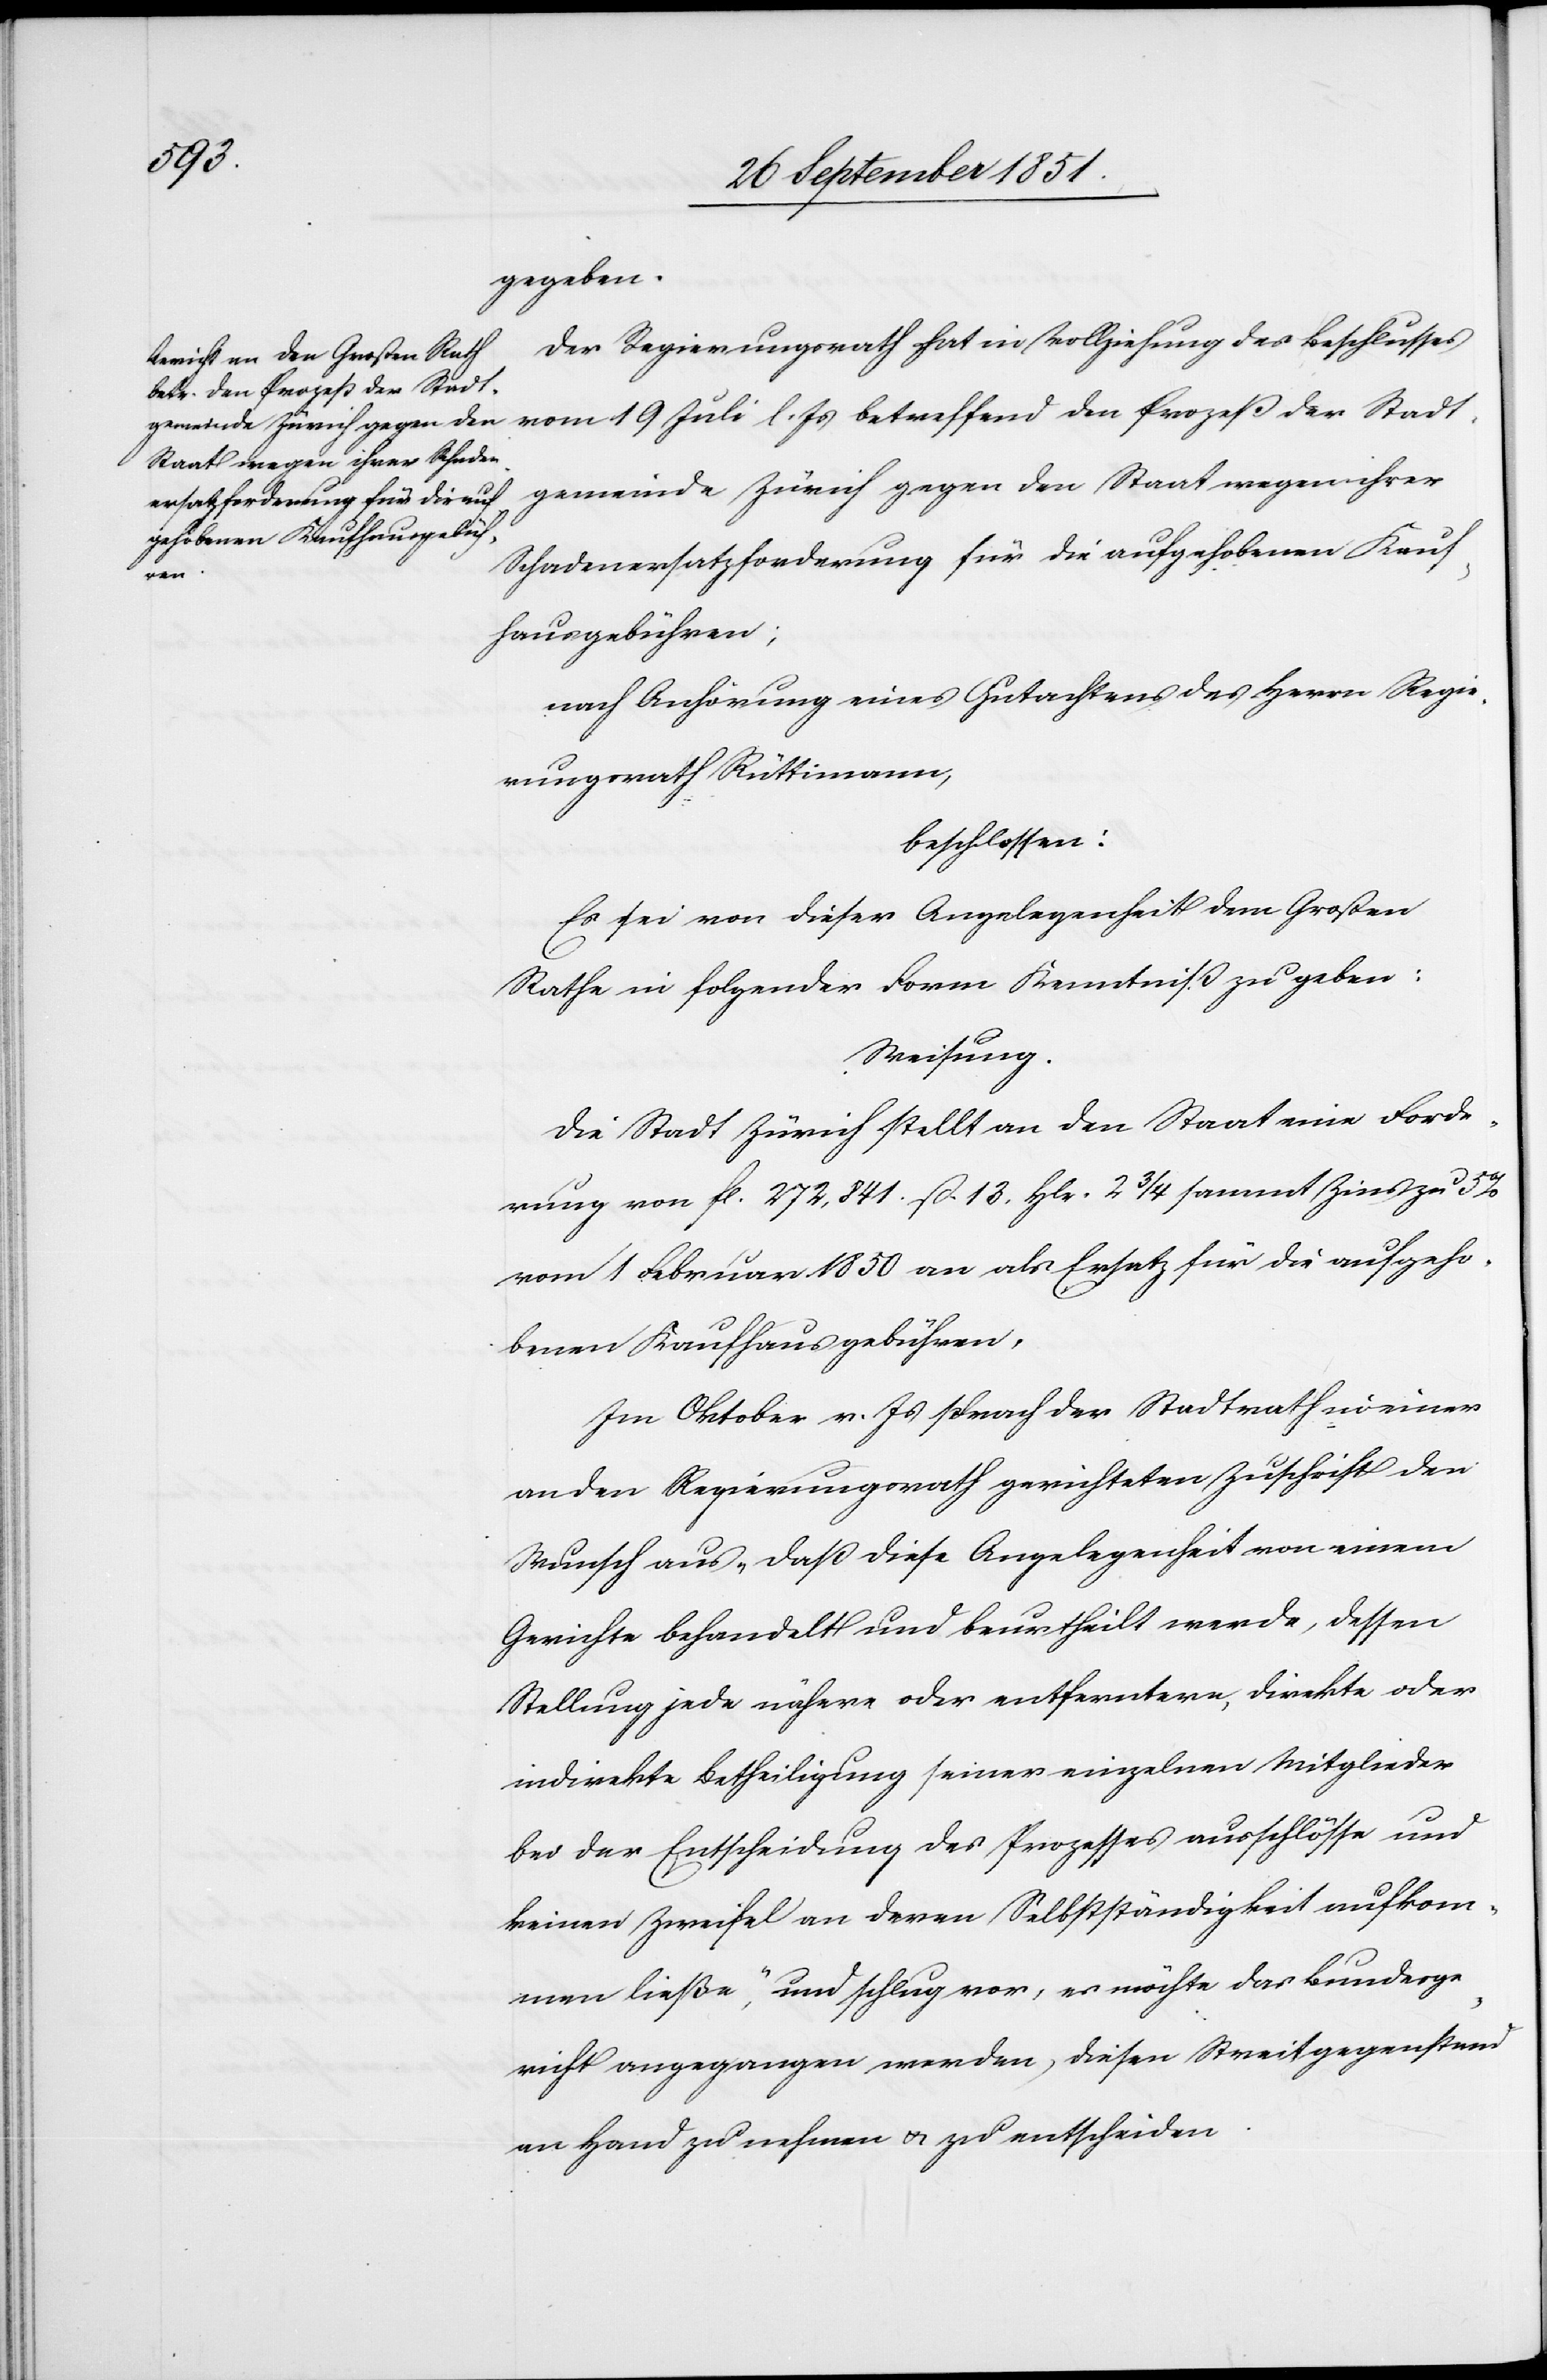
gegeben.
Der Regierungsrath hat in Vollziehung des Beschlusses
vom 19 Juli l. Js betreffend den Prozeß der Stadt¬
gemeinde Zürich gegen den Staat wegen ihrer
Schadenersatzforderung für die aufgehobenen Kauf¬
hausgebühren;
nach Anhörung eines Gutachtens des Herrn Regie¬
rungsrath Rüttimann,
beschlossen:
Es sei von dieser Angelegenheit dem Großen
Rathe in folgender Form Kenntniß zu geben:
Weisung.
Die Stadt Zürich stellt an den Staat eine Forde¬
rung von fl. 272,841. ß. 13. Hlr. 2 3/4 sammt Zins zu 5%
vom 1 Februar 1850 an als Ersatz für die aufgeho¬
benen Kaufhausgebühren.
Im Oktober v. Js sprach der Stadtrath in einer
an den Regierungsrath gerichteten Zuschrift den
Wunsch aus „daß diese Angelegenheit von einem
Gerichte behandelt und beurtheilt werde, dessen
Stellung jede nähere oder entferntere, direkte oder
indirekte Betheiligung seiner einzelnen Mitglieder
bei der Entscheidung des Prozesses ausschlösse und
keinen Zweifel an deren Selbstständigkeit aufkom¬
men ließe“, und schlug vor, es möchte das Bundesge¬
richt angegangen werden, diesen Streitgegenstand
an Hand zu nehmen & zu entscheiden.